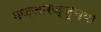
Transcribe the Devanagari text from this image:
मज्जारज्जूच्या